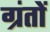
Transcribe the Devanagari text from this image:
ग्रंतों